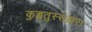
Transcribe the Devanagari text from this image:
कुब्बतुस्सख़रा